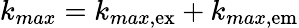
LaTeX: k_{max}=k_{max,\mathrm{ex}}+k_{max,\mathrm{em}}